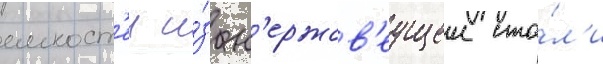
емкост'еи и́з н'ержав'еущеи ста́л'и